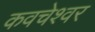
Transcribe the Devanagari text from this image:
कवचेश्वर